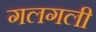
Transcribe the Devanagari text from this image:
गलगली